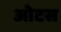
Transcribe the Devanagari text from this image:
ओटस